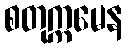
စတုက္ကမေန